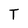
Character: T